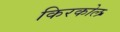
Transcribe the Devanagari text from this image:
किरकोल